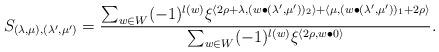
LaTeX: \begin{align*} S_{(\lambda,\mu),(\lambda',\mu')} = \frac{\sum_{w\in W}(-1)^{l(w)} \xi^{\langle 2\rho+\lambda,(w\bullet(\lambda',\mu'))_2\rangle + \langle\mu,(w\bullet(\lambda',\mu'))_1+2\rho\rangle}} {\sum_{w\in W}(-1)^{l(w)} \xi^{\langle 2\rho,w\bullet 0\rangle}}. \end{align*}